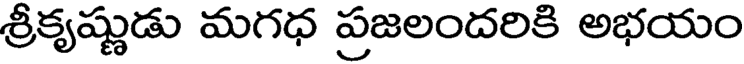
శ్రీకృష్ణుడు మగధ ప్రజలందరికి అభయం